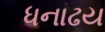
ધનાઢય